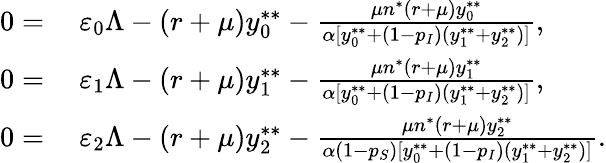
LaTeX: \begin{array}{rl}{0=}&{~\varepsilon_{0}\Lambda-(r+\mu)y_{0}^{**}-\frac{\mu n^{*}(r+\mu)y_{0}^{**}}{\alpha[y_{0}^{**}+(1-p_{I})(y_{1}^{**}+y_{2}^{**})]},}\\ {0=}&{~\varepsilon_{1}\Lambda-(r+\mu)y_{1}^{**}-\frac{\mu n^{*}(r+\mu)y_{1}^{**}}{\alpha[y_{0}^{**}+(1-p_{I})(y_{1}^{**}+y_{2}^{**})]},}\\ {0=}&{~\varepsilon_{2}\Lambda-(r+\mu)y_{2}^{**}-\frac{\mu n^{*}(r+\mu)y_{2}^{**}}{\alpha(1-p_{S})[y_{0}^{**}+(1-p_{I})(y_{1}^{**}+y_{2}^{**})]}.}\end{array}